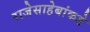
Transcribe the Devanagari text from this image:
राजेसाहेबांकडे